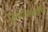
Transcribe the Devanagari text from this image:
सुनीताबाईंचा